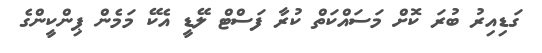
ގަޑިއިރު ބުރަ ކޮށް މަސައްކަތް ކުރާ ފަސްޓް ލޭޑީ އެކޭ މަމެން ޕިންކީންގެ